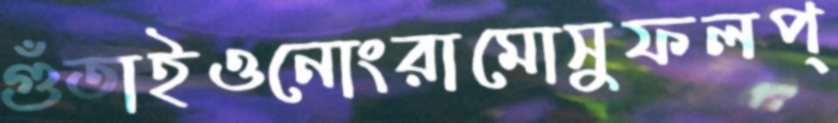
গুঁতাইওনোংরামোসুফলপ্